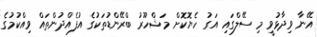
އޭނާ ވިދާޅުވީ މި ސޭލްގައި އަގު ހެޔޮކޮށް މަޝްހޫރު ބްރޭންޑުތަކުގެ އުފެއްދުންތައް ވިއްކުމުގެ